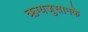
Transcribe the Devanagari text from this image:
ऋग्यजुसामके